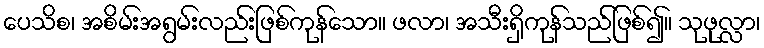
ပေသိစ၊ အစိမ်းအရွမ်းလည်းဖြစ်ကုန်သော။ ဖလာ၊ အသီးရှိကုန်သည်ဖြစ်၍။ သုဖုလ္လာ၊